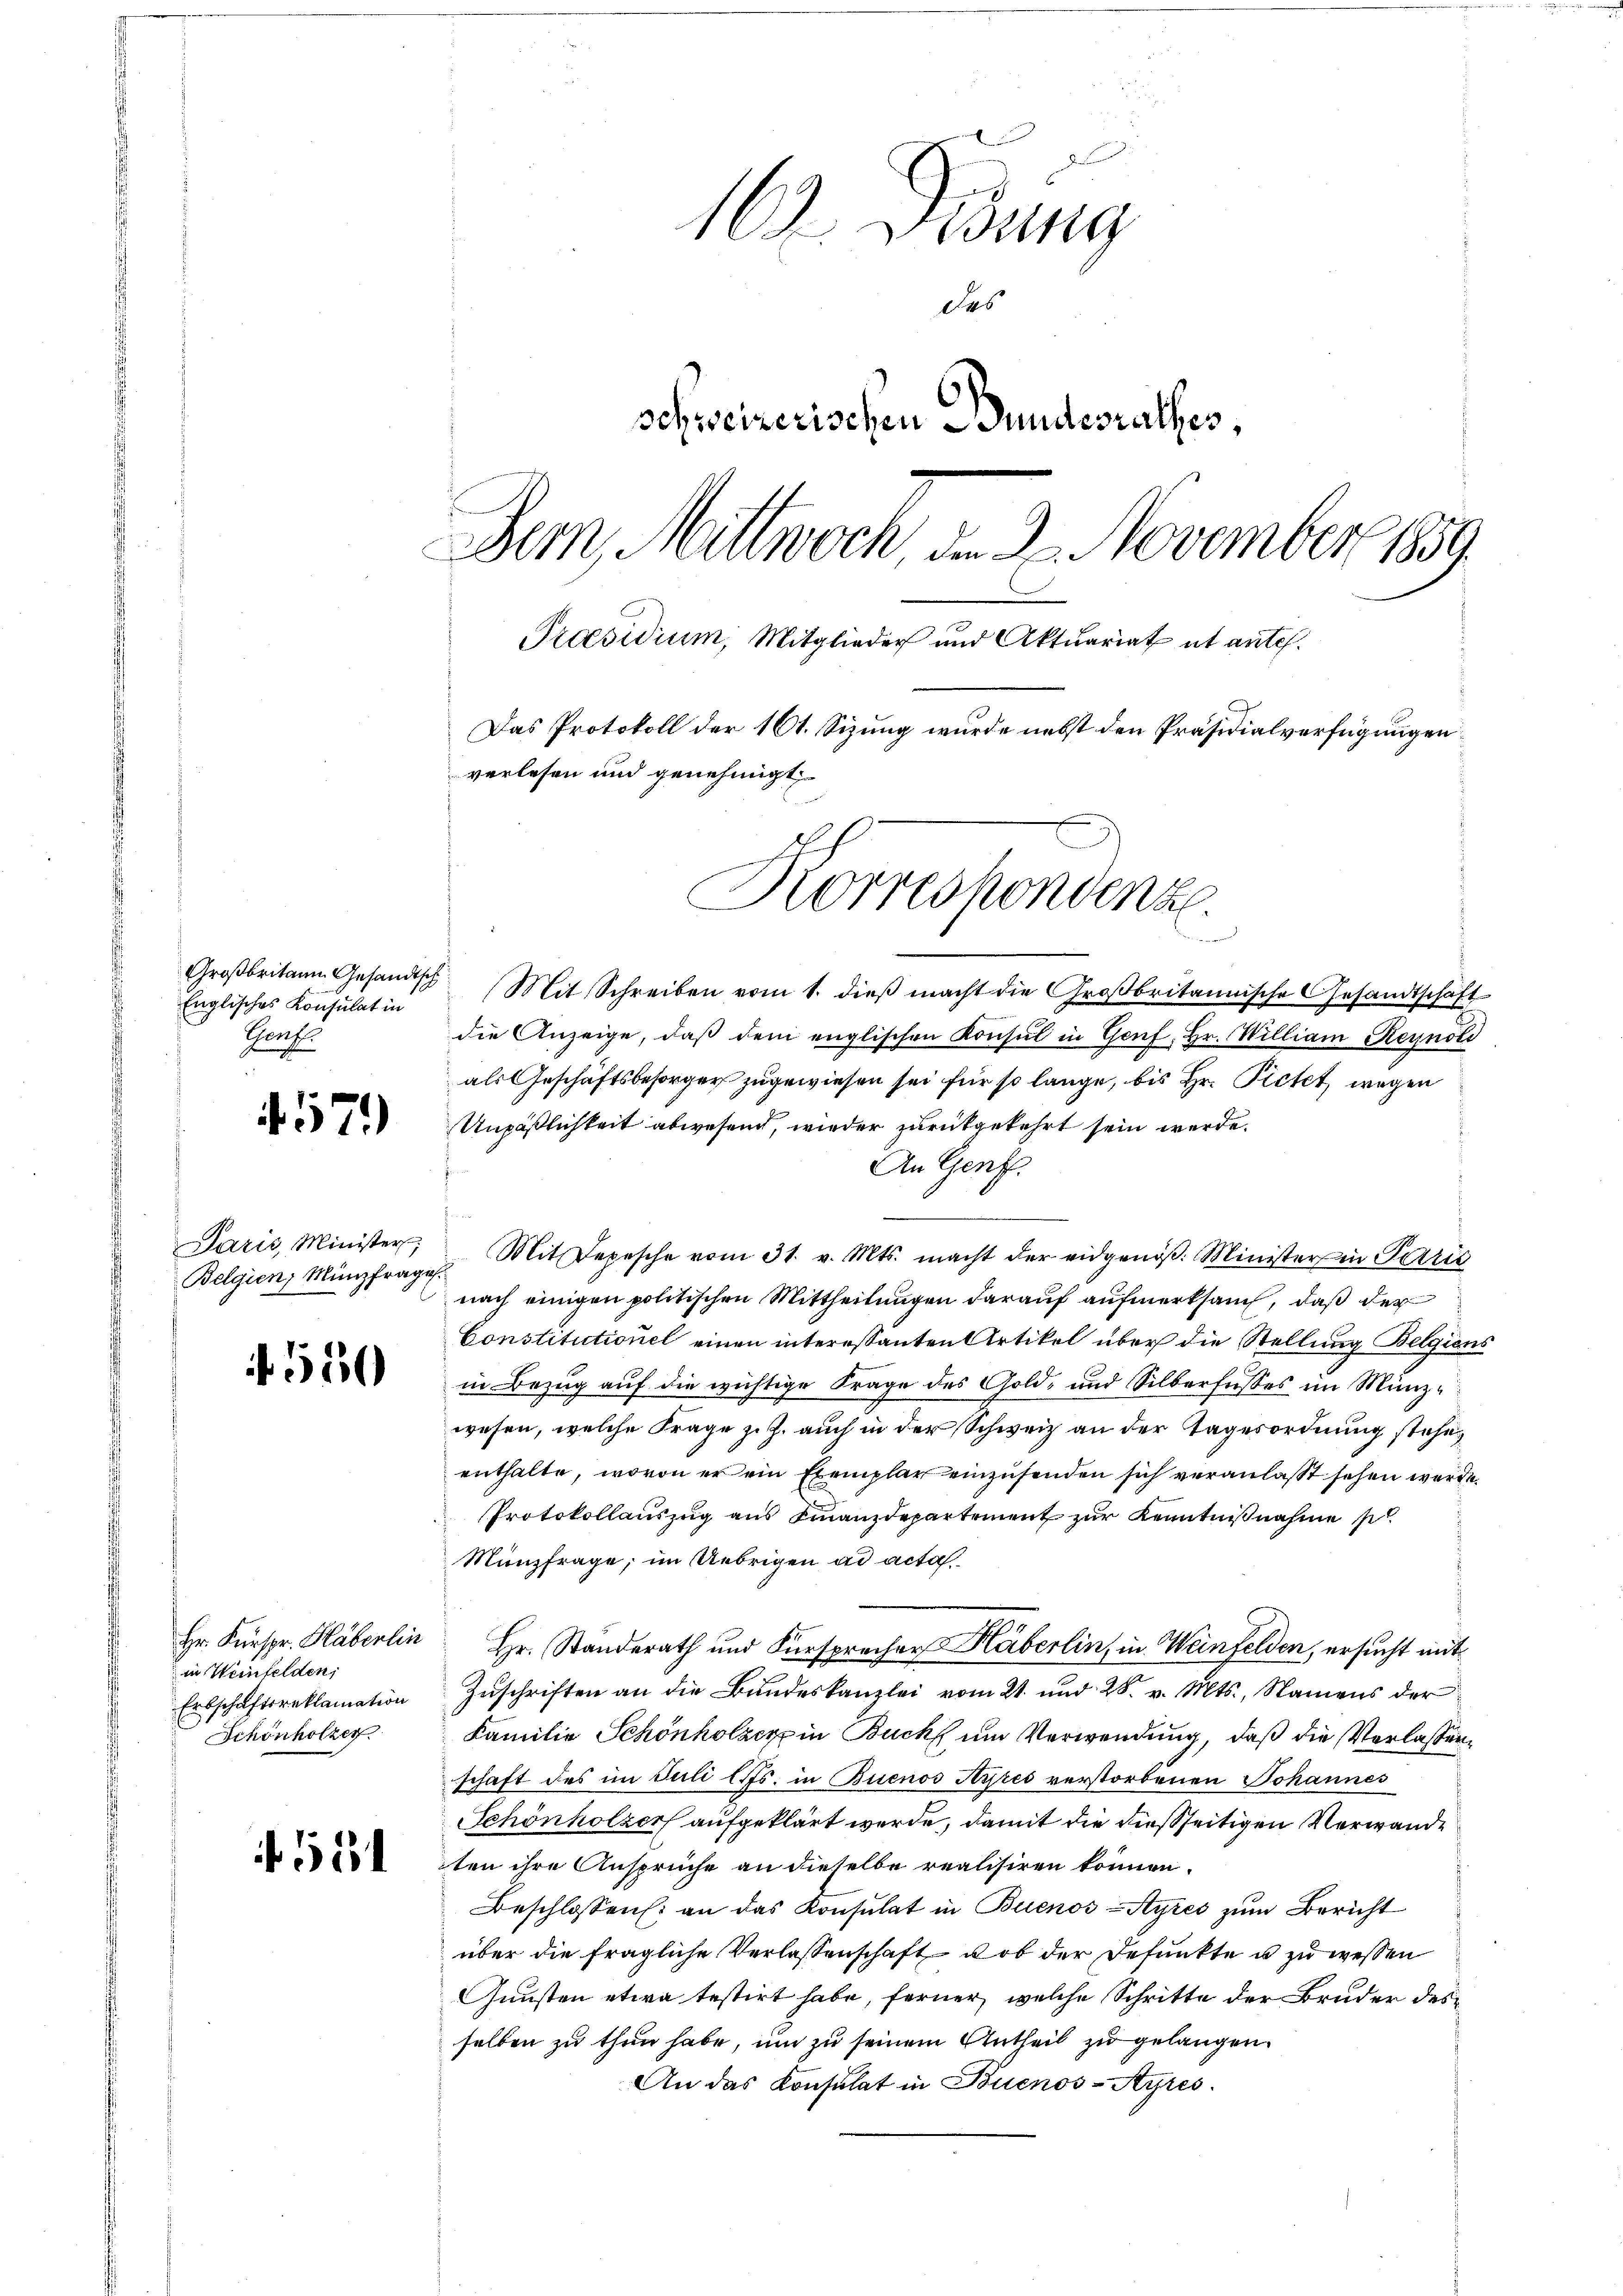
Englisches Konsulat in
Grafe

457)

Paris, Minister
Belgien, Münzfrages.

550

Hr. Kurspr. Häberlin
in Weinfelden,
Erbschaftsreklamation
Schönholzer

if. 511

169. Gesung
des
sehseizerischen Bundesrathes,
Dem Mittwoch, d. 3. November 189
Praesidium, Mitglieder und Aktuariat et antes.
Das Protokoll der 161. Sizung wurde nebst den Präsidialverfügungen
verlesen und genehmigt.
Korrespondenz.
denen

Groβbritann Gesandtsch Mit Schreiben vom 1. dieβ macht die Groβbritannische Gesandtschäft
die Anzeige, daβ dem englischen Konsul in Genf, Hr. William Reynold
als Geschäftsbesorger zugewiesen sei für so lange, bis Hr. Pietet wegen
Unpäßlichkeit abwesend, wieder zurückgekehrt sein werde.
An Genf.
Mit Depesche vom 31. v. Mts. macht der eidgenöβ: Minister in Patric
nach einigen politischen Mittheilungen darauf aufmerksam, daß der
Constitutionel einen interessanten Artikel über die Stellung Belgiens
in Bezug auf die wichtige Frage des Gold- und Silberfusses im Münzwesen, welche Frage z. Z. auch in der Schweiz an der Tagesordnung stehe,
enthalte, wovon er ein Exemplar einzusenden sich veranlasst sehen werde.
Protokollauszug aus Finanzdepartement zur Kenntnißnahme se
Münzfrage, im Uebrigen ad acta
Hr. Standerath und Fürsprecher Häberlin, in Weinfelden, ersucht mit
Zuschriften an die Bundeskanzlei vom 21. und 28. v. Mts., Namens der
Familie Schönholzer in Buch um Verwendung, daß die Verlassenschaft des im Juli l. Js. in Buenos Ayres verstorbenen Johannes
Schönholzer aufgeklärt werde, damit die dießseitigen Verwande
ten ihre Ansprüche an dieselbe realisiren können.
Beschlossen an das Konsulat in Buenos-Ayres zum Bericht
über die fragliche Verlassenschaft ob der defunkte u zu wessen
Gunsten etwa testirt habe, ferner, welche Schritte der Bruder desselben zu thun habe, um zu seinem Antheil zu gelangen.
An das Konsulat in Buenos-Ayres